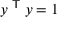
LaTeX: y ^ { \textsf { T } } y = 1